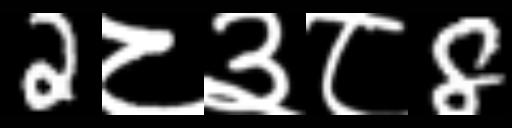
Text: 2८३८8